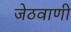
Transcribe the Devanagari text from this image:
जेठवाणी